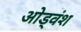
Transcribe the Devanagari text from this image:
ओड्वंश